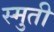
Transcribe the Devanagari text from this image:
स्मुती